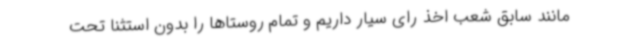
مانند سابق شعب اخذ رای سیار داریم و تمام روستاها را بدون استثنا تحت